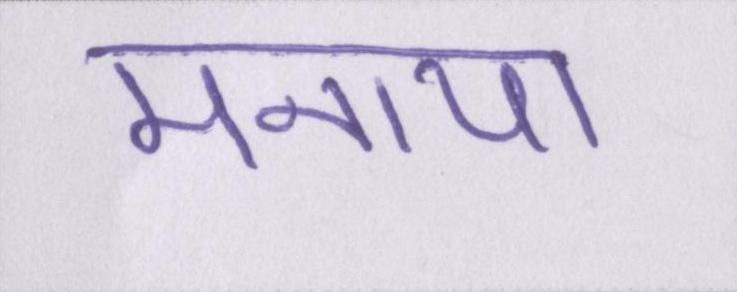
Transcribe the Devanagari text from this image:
मनाया